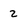
Character: 2